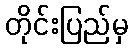
တိုင်းပြည်မှ